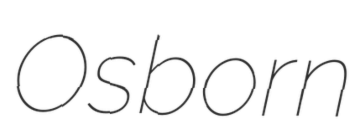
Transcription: Osborn